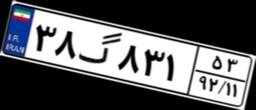
۳۸گ۸۳۱۵۳